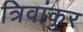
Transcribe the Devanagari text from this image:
त्रिवांकुर